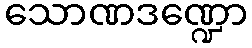
သောဏဒဏ္ဍော